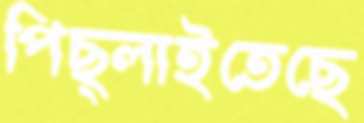
পিছ্‌লাইতেছে